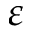
\varepsilon